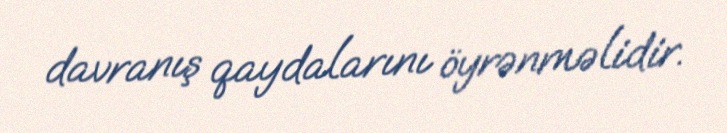
davranış qaydalarını öyrənməlidir.